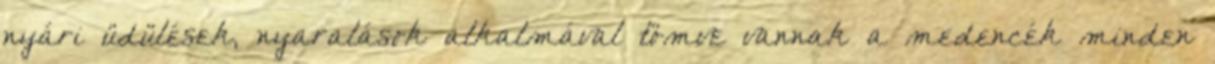
nyári üdülések, nyaralások alkalmával tömve vannak a medencék minden